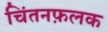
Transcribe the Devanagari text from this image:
चिंतनफ़लक